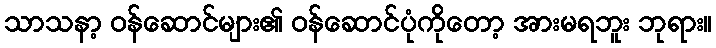
သာသနာ့ ဝန်ဆောင်များ၏ ဝန်ဆောင်ပုံကိုတော့ အားမရဘူး ဘုရား။